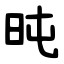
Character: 旽